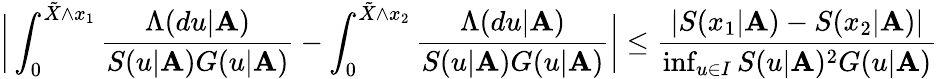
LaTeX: \bigg|\int_{0}^{\tilde{X}\wedge x_{1}}\frac{\Lambda(du|\mathbf{A})}{S(u|\mathbf{A})G(u|\mathbf{A})}-\int_{0}^{\tilde{X}\wedge x_{2}}\frac{\Lambda(du|\mathbf{A})}{S(u|\mathbf{A})G(u|\mathbf{A})}\bigg|\leq\frac{|S(x_{1}|\mathbf{A})-S(x_{2}|\mathbf{A})|}{\operatorname*{inf}_{u\in I}S(u|\mathbf{A})^{2}G(u|\mathbf{A})}